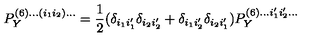
P _ { Y } ^ { ( 6 ) . . . ( i _ { 1 } i _ { 2 } ) . . . } = \frac { 1 } { 2 } ( \delta _ { i _ { 1 } i _ { 1 } ^ { \prime } } \delta _ { i _ { 2 } i _ { 2 } ^ { \prime } } + \delta _ { i _ { 1 } i _ { 2 } ^ { \prime } } \delta _ { i _ { 2 } i _ { 1 } ^ { \prime } } ) P _ { Y } ^ { ( 6 ) . . . i _ { 1 } ^ { \prime } i _ { 2 } ^ { \prime } . . . }